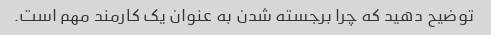
توضیح دهید که چرا برجسته شدن به عنوان یک کارمند مهم است.